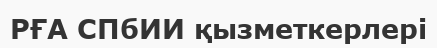
РҒА СПбИИ қызметкерлері